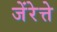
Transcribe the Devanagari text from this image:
जेंरेत्ते